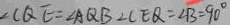
\angle C Q E = \angle A Q B \angle C E Q = \angle B = 9 0 ^ { \circ }